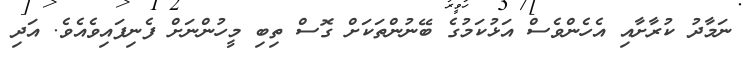
ނަމާދު ކުރާށާއި އެހެންވެސް އަޅުކަމުގެ ބޭނުންތަކަށް ގޮސް ތިބި މީހުންނަށް ފެނިފައިވެއެވެ. އަދި